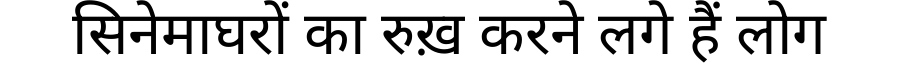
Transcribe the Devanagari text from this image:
सिनेमाघरों का रुख़ करने लगे हैं लोग